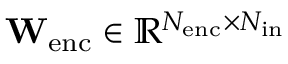
\mathbf { W } _ { \mathrm { e n c } } \in \mathbb { R } ^ { N _ { \mathrm { e n c } } \times N _ { \mathrm { i n } } }